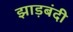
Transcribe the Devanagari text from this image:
झाड़बंदी